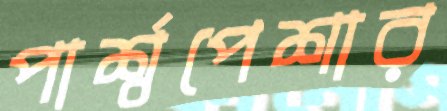
পার্শ্বপেশার